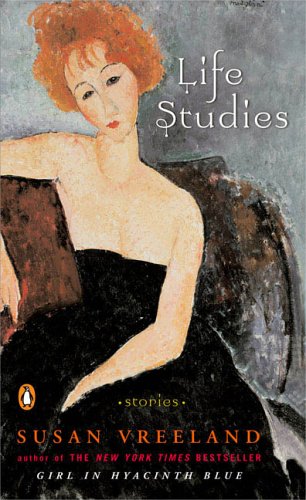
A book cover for Life Studies: Stories; Susan Vreeland; Literature & Fiction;